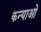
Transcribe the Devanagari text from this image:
कन्याओ